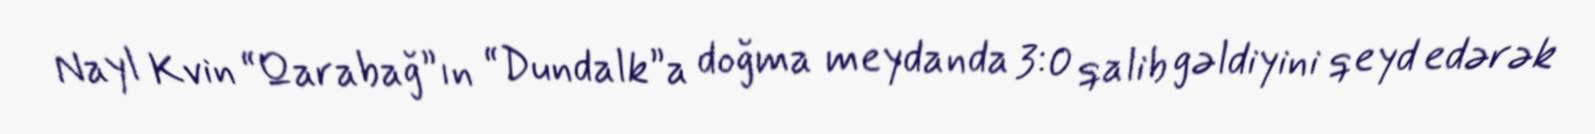
Nayl Kvin “Qarabağ”ın “Dundalk”a doğma meydanda 3:0 qalib gəldiyini qeyd edərək